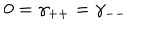
0 = \gamma _ { + + } = \gamma _ { -- }